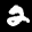
Label: 2